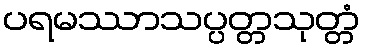
ပရမဿာသပ္ပတ္တသုတ္တံ